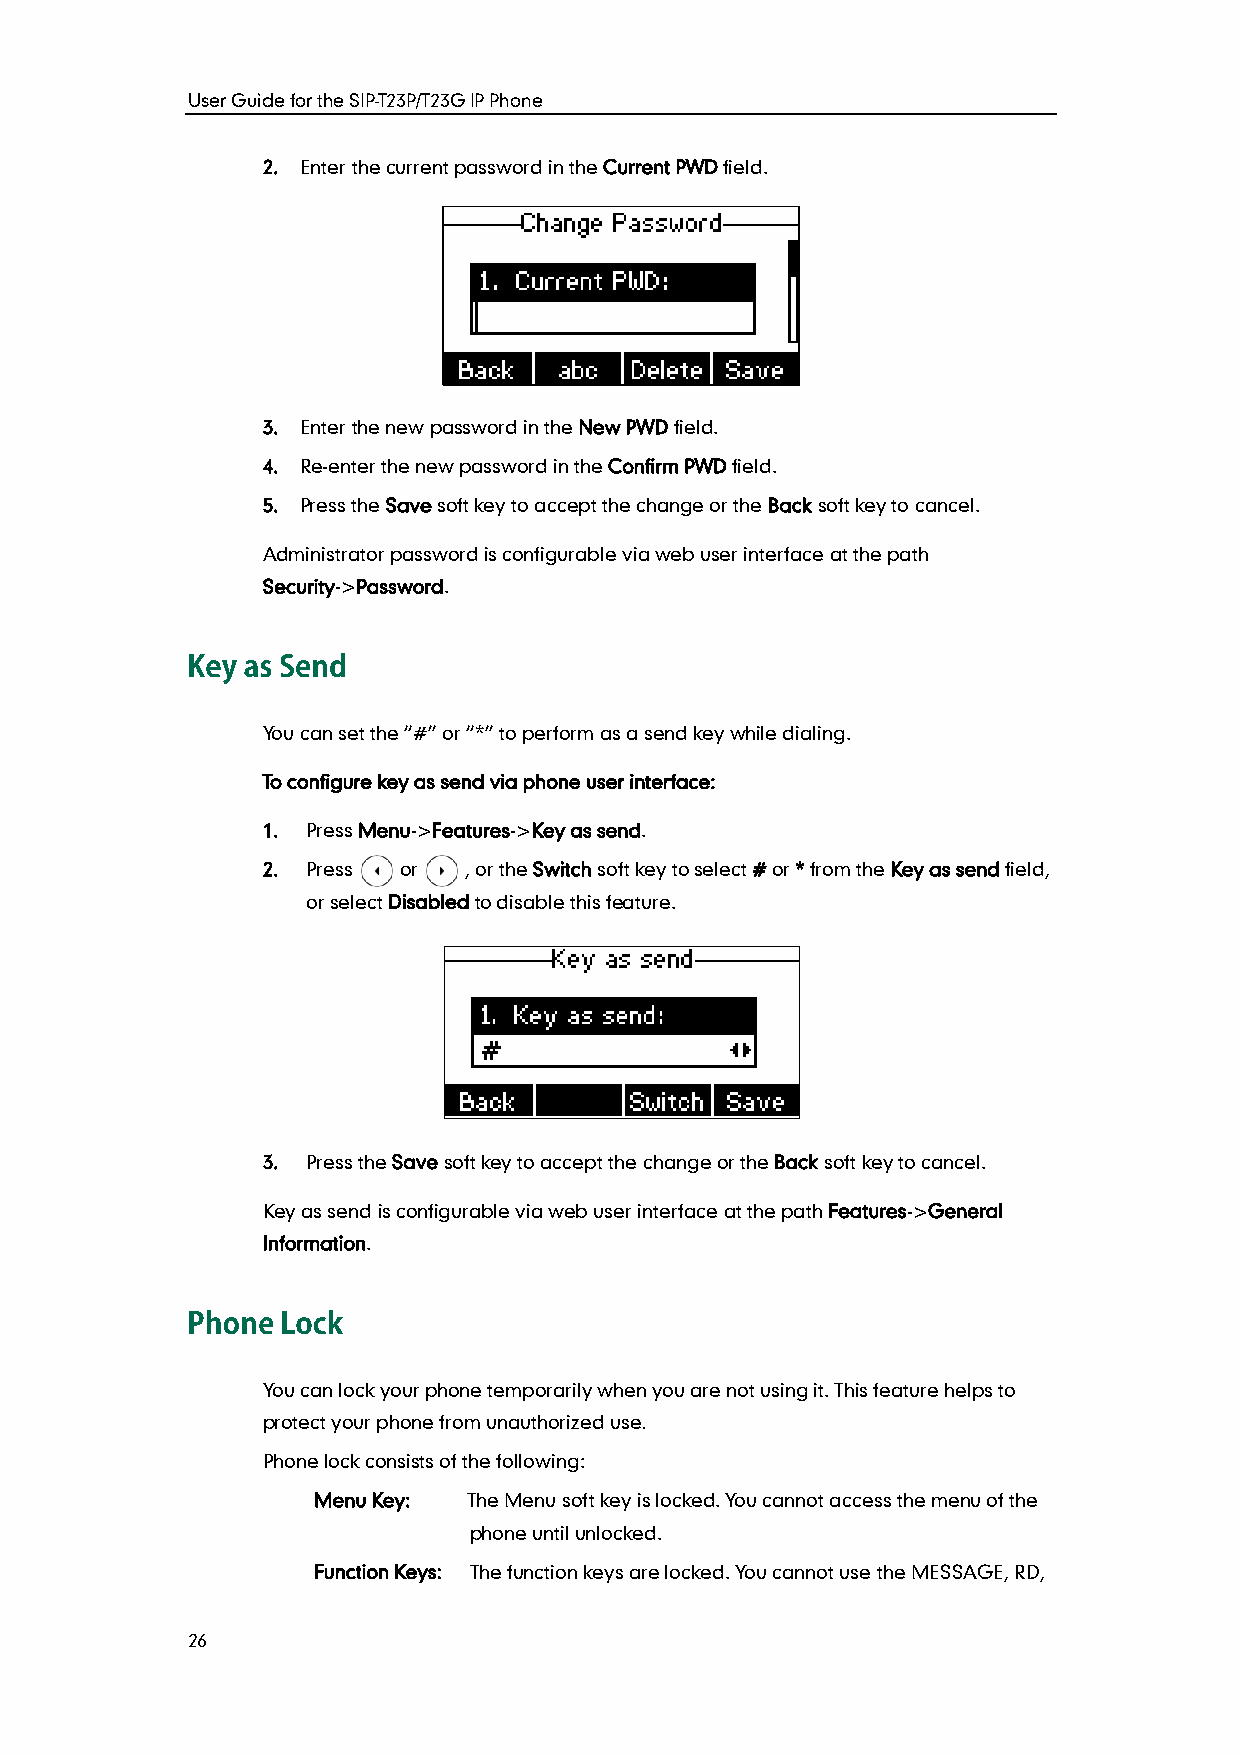
User Guide for the SIP-T23P/T23G IP Phone
 2. Enter the current password in the Current PWD field.
 3. Enter the new password in the New PWD field.
 4. Re-enter the new password in the Confirm PWD field.
 5. Press the Save soft key to accept the change or the Back soft key to cancel.
 Administrator password is configurable via web user interface at the path
 Security->Password.
 You can set the “#” or “*” to perform as a send key while dialing.
 To configure key as send via phone user interface:
 1. Press Menu->Features->Key as send.
 2. Press or   , or the Switch soft key to select # or * from the Key as send field,
 or select Disabled to disable this feature.
 3. Press the Save soft key to accept the change or the Back soft key to cancel.
 Key as send is configurable via web user interface at the path Features->General
 Information.
 You can lock your phone temporarily when you are not using it. This feature helps to
 protect your phone from unauthorized use.
 Phone lock consists of the following:
 Menu Key: The Menu soft key is locked. You cannot access the menu of the
 phone until unlocked.
 Function Keys: The function keys are locked. You cannot use the MESSAGE, RD,
 26